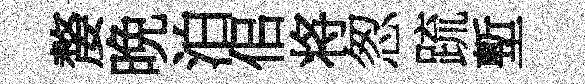
嫠晩泊佀将怱䟽塹